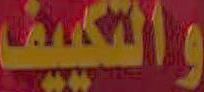
والتكييف